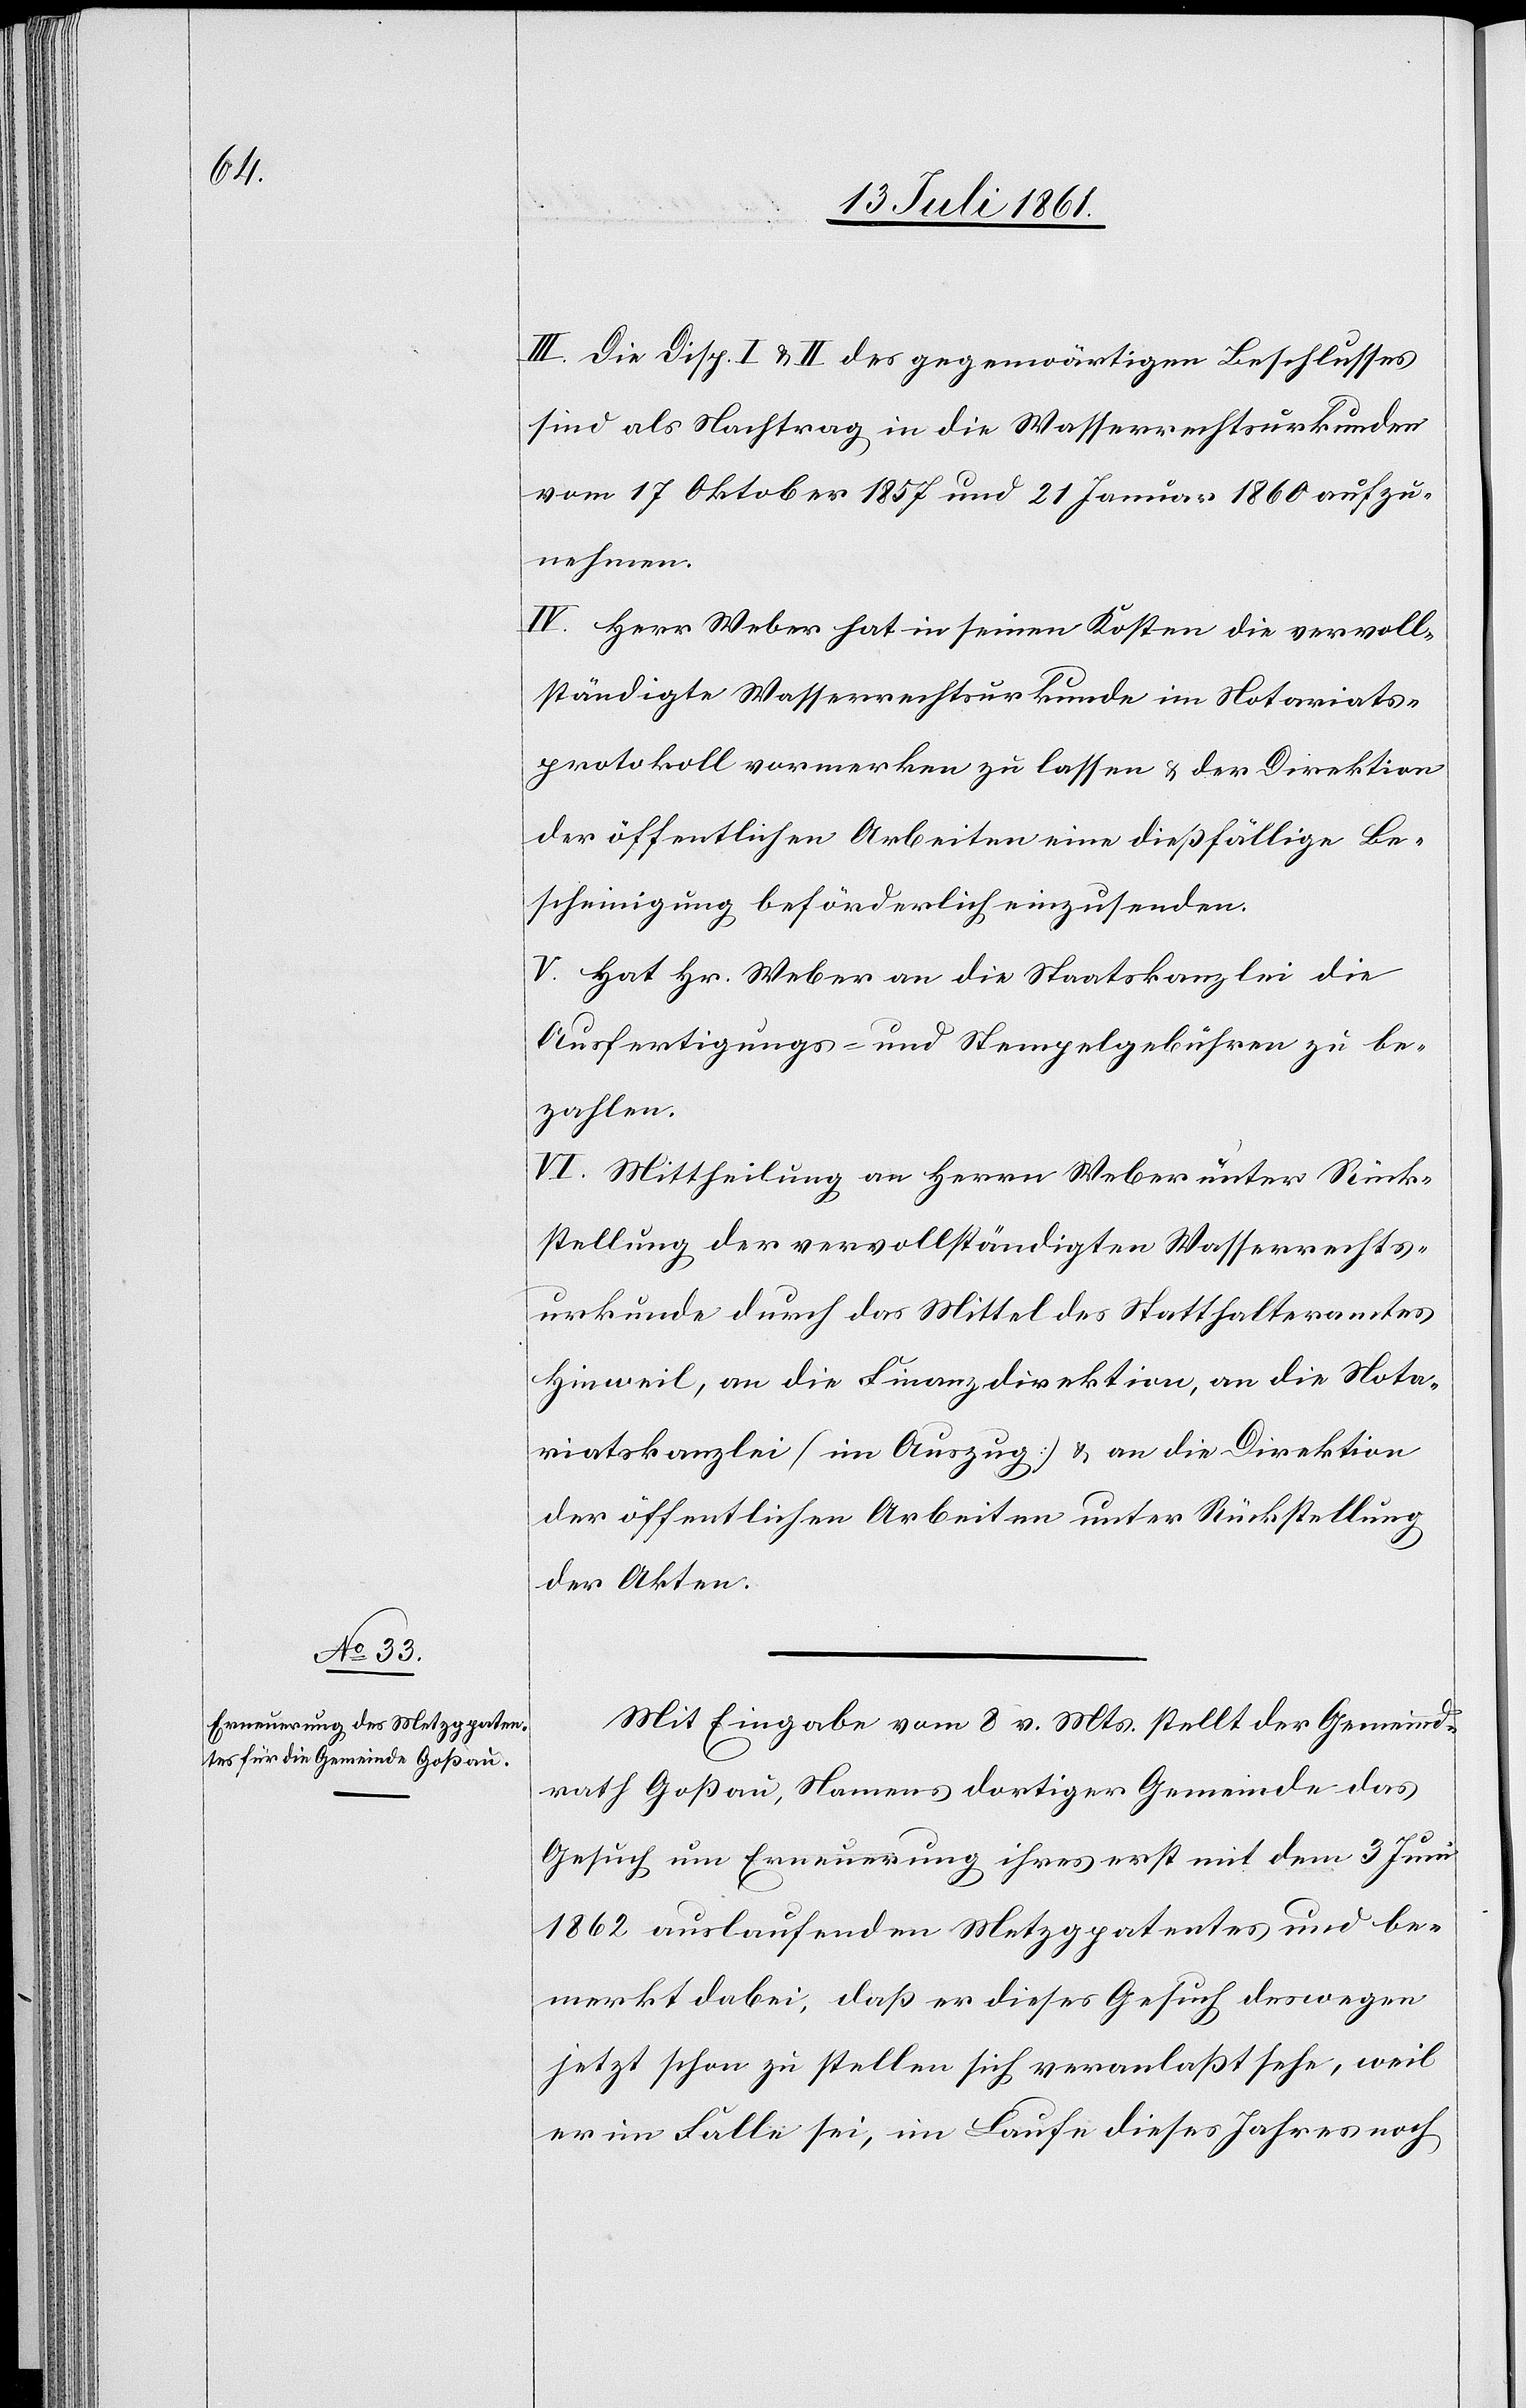
III. Die Disp. I u. II des gegenwärtigen Beschlusses
sind als Nachtrag in die Wasserrechtsurkunde
vom 17 Oktober 1857 und 21 Januar 1860 aufzu¬
nehmen.
IV. Herr Weber hat in seinen Kosten die vervoll¬
ständigte Wasserrechtsurkunde im Notariats¬
protokoll vormerken zu lassen u. der Direktion
der öffentlichen Arbeiten eine dießfällige Be¬
scheinigung beförderlich einzusenden.
V. Hat Hr. Weber an die Staatskanzlei die
Ausfertigungs- u. Stempelgebühren zu be¬
zahlen.
VI. Mittheilung an Herrn Weber unter Rück¬
stellung der vervollständigten Wasserrechts¬
urkunde durch das Mittel des Statthalteramtes
Hinweil, an die Finanzdirektion, an die Nota¬
riatskanzlei (im Auszug) u. an die Direktion
der öffentlichen Arbeiten unter Rückstellung
der Akten.
Mit Eingabe vom 8 v. Mts. stellt der Gemeind¬
rath Goßau, Namens der dortigen Gemeinde das
Gesuch um Erneuerung ihres erst mit dem 3 Juni
1862 auslaufenden Metzgpatentes und be¬
merkt dabei, daß er dieses Gesuch deswegen
jetzt schon zu stellen sich veranlaßt sehe, weil
er im Falle sei, im Laufe dieses Jahres noch